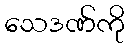
သေဒဏ်ကို